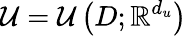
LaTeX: \mathcal{U}=\mathcal{U}\left(D;\mathbb{R}^{d_{u}}\right)